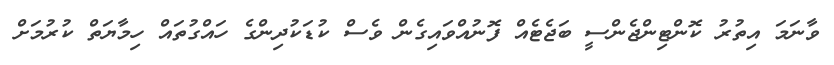
ވާނަމަ އިތުރު ކޮންޓިންޖެންސީ ބަޖެޓެއް ފޮނުއްވައިގެން ވެސް ކުޑަކުދިންގެ ހައްގުތައް ހިމާޔަތް ކުރުމަށް